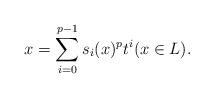
LaTeX: \begin{align*}x = \sum_{i=0}^{p-1} s_{i}(x)^p t^i (x \in L).\end{align*}